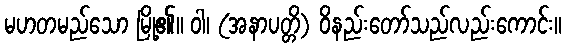
မဟတမည်သော မြို့၏။ ဝါ၊ (အနာပတ္တိ) ဝိနည်းတော်သည်လည်းကောင်း။